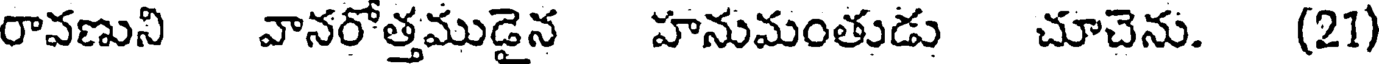
రావణుని వానరోత్తముడైన హనుమంతుడు చూచెను. (21)